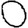
Digit: 0